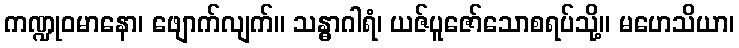
ကဏ္ဍုဝမာနော၊ ဖျောက်လျက်။ သန္ဓာဂါရံ၊ ယဇ်ပူဇော်သောစရပ်သို့။ မဟေသိယာ၊